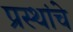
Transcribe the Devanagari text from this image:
प्रस्थांचे